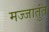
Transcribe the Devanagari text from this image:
मज्जातुंत